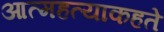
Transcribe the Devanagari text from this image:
आत्महत्याकहते